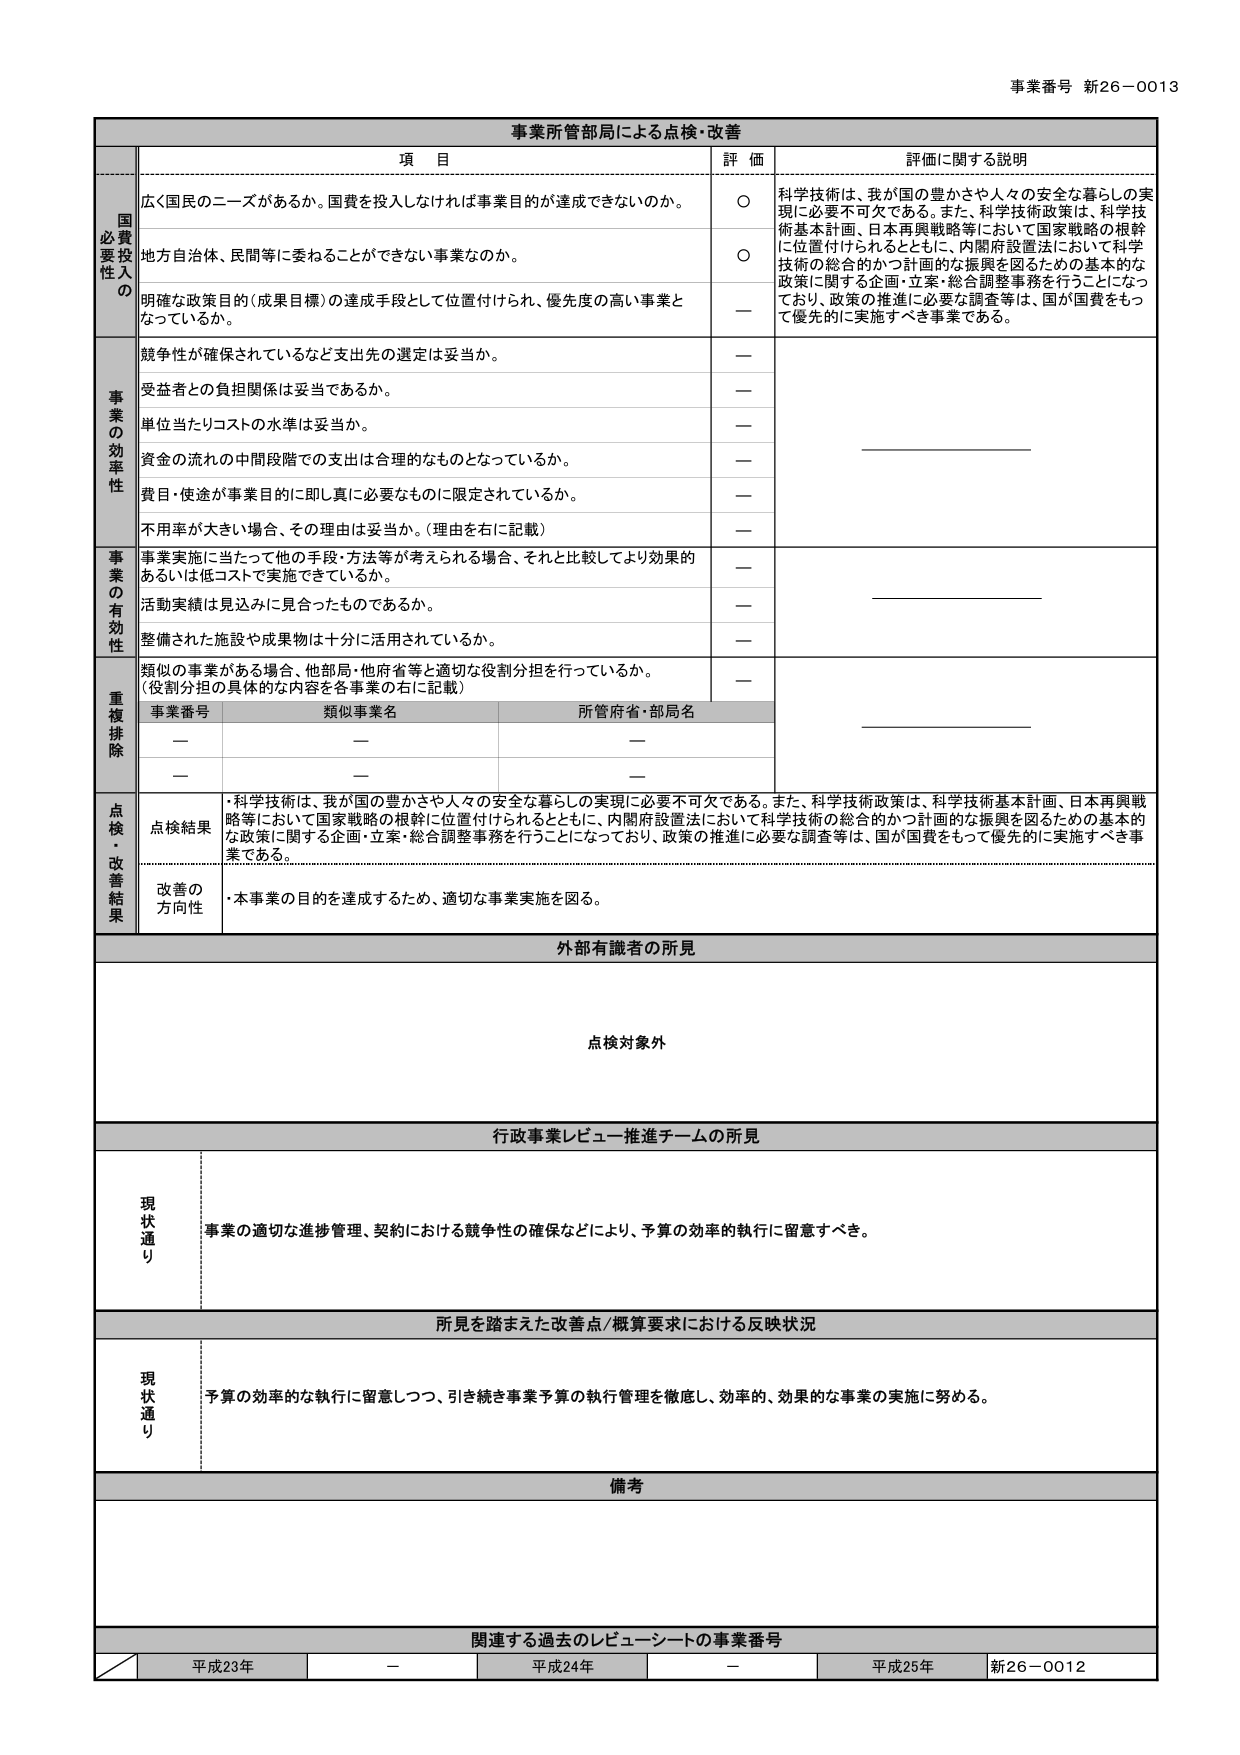
事業番号 新26－0013

事業所管部局による点検・改善

項 目 評 価 評価に関する説明

国 必要投 入の
広く国民のニーズがあるか。国費を投入しなければ事業目的が達成できないのか。 ○ 科学技術は、我が国の豊かさや人々の安全な暮らしの実現に必要不可欠である。また、科学技術政策は、科学技術基本計画、日本再興戦略等において国家戦略の根幹に位置付けられるとともに、内閣府設置法において科学技術の総合的かつ計画的な振興を図るための基本的な政策に関する企画・立案・総合調整事務を行うことになっており、政策の推進に必要な調査等は、国が国費をもって優先的に実施すべき事業である。
地方自治体、民間等に委ねることができない事業なのか。 ○
明確な政策目的（成果目標）の達成手段として位置付けられ、優先度の高い事業となっているか。 －

事 業 の 効 率 性
競争性が確保されているなど支出先の選定は妥当か。 －
受益者との負担関係は妥当であるか。 －
単位当たりコストの水準は妥当か。 －
資金の流れの中間段階での支出は合理的なものとなっているか。 －
費目・使途が事業目的に即し真に必要なものに限定されているか。 －
不用率が大きい場合、その理由は妥当か。（理由を右に記載） －

事 業 の 有 効 性
事業実施に当たって他の手段・方法等が考えられる場合、それと比較してより効果的あるいは低コストで実施できているか。 －
活動実績は見込みに見合ったものであるか。 －
整備された施設や成果物は十分に活用されているか。 －
類似の事業がある場合、他部局・他府省等と適切な役割分担を行っているか。（役割分担の具体的な内容を各事業の右に記載） －

重 複 排 除
事業番号 類似事業名 所管府省・部局名
－ － －
－ － －

点 検 ・ 改 善 結 果
点検結果 ・科学技術は、我が国の豊かさや人々の安全な暮らしの実現に必要不可欠である。また、科学技術政策は、科学技術基本計画、日本再興戦略等において国家戦略の根幹に位置付けられるとともに、内閣府設置法において科学技術の総合的かつ計画的な振興を図るための基本的な政策に関する企画・立案・総合調整事務を行うことになっており、政策の推進に必要な調査等は、国が国費をもって優先的に実施すべき事業である。
改善の方向性 ・本事業の目的を達成するため、適切な事業実施を図る。

外部有識者の所見
点検対象外

行政事業レビュー推進チームの所見
現状通り 事業の適切な進捗管理、契約における競争性の確保などにより、予算の効率的執行に留意すべき。

所見を踏まえた改善点／概算要求における反映状況
現状通り 予算の効率的な執行に留意しつつ、引き続き事業予算の執行管理を徹底し、効率的、効果的な事業の実施に努める。

備考

関連する過去のレビューシートの事業番号
平成23年 － 平成24年 － 平成25年 新26－0012